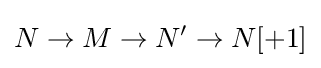
N\to M\to N'\to N[+1]